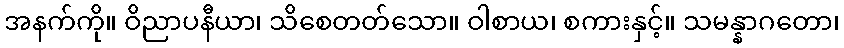
အနက်ကို။ ဝိညာပနီယာ၊ သိစေတတ်သော။ ဝါစာယ၊ စကားနှင့်။ သမန္နာဂတော၊